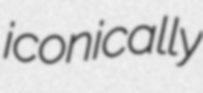
iconically